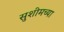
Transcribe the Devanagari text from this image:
सुशीमच्या